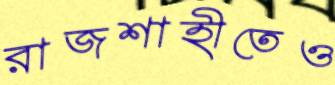
রাজশাহীতেও